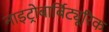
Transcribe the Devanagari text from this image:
नाइट्रोबार्बिट्यूरिक